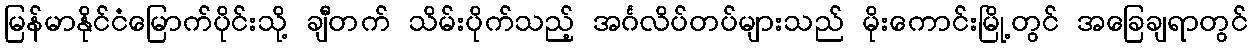
မြန်မာနိုင်ငံမြောက်ပိုင်းသို့ ချီတက် သိမ်းပိုက်သည့် အင်္ဂလိပ်တပ်များသည် မိုးကောင်းမြို့တွင် အခြေချရာတွင်